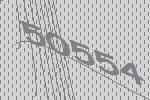
50554